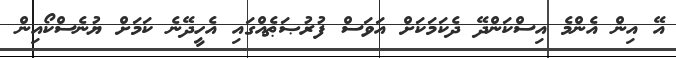
އޭ އިން އެންމެ އިސްކަންދޭ ދެކަމަކަށް އަވަސް ފުރުޞަޠެއްގައި އެހީދޭނެ ކަމަށް ޔުނެސްކޯއިން